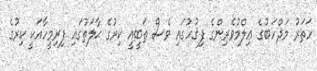
ހަތަރު މަޛްހަބުގެ ޢިލްމުވެރިންގެ ފިޤުހުގައި ވެސް ޠަބީޢީ ކިރުގެ ޙާލަތުގައި ފިރިމީހާއަކީ ކިރުގެ